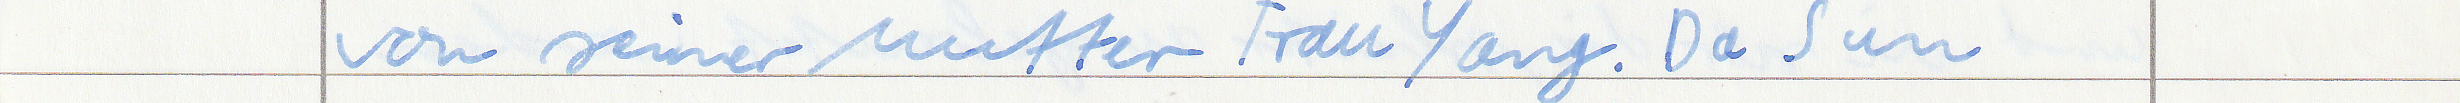
von seiner Mutter Frau Yang. Da Sun